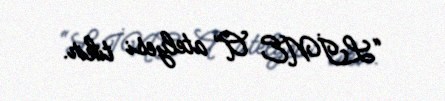
“LİNE A” atelyesi tikir.